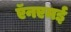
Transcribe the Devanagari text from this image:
ऍनएमई